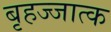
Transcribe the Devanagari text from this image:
बृहज्जात्क